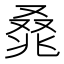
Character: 𰇃